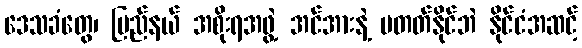
ဒေသခံတွေ၊ ပြည်နယ် အစိုးရအဖွဲ့ အင်အားနဲ့ မတတ်နိုင်ဘဲ နိုင်ငံအဆင့်